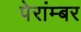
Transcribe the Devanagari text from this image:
पेरांम्बर